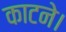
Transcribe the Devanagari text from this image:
काटने।